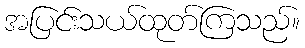
အပြင်းသယ်ထုတ်ကြသည်။